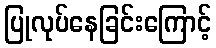
ပြုလုပ်နေခြင်းကြောင့်